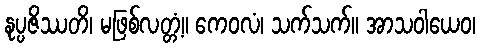
နုပ္ပဇိဿတိ၊ မဖြစ်လတ္တံ့။ ကေဝလံ၊ သက်သက်။ အာသဝါယေဝ၊